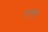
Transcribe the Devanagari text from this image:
स्टफड्